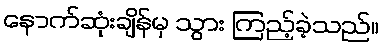
နောက်ဆုံးချိန်မှ သွား ကြည့်ခဲ့သည်။